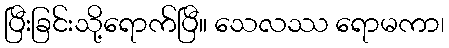
ပြီးခြင်းသို့ရောက်ပြီ။ သေလဿ ရောမကာ၊